Vaccination in Bombay 1913-1923 - 1913-1923
Year: 1913
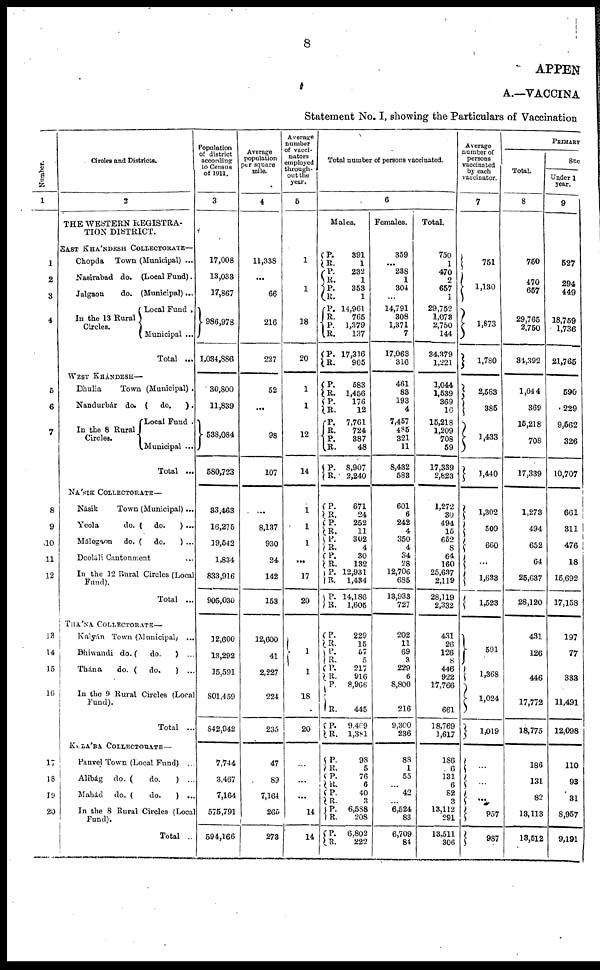
8
APPEN
A.—VACCINA
Statement No. I, showing the Particulars of Vaccination
Number.
1
1
2
3
4
5
6
7
8
9
10
11
12
13
14
15
16
17
18
19
20
Circles and Districts.
2
THE WESTERN REGISTRA-
TION DISTRICT.
EAST KHÁNDESH COLLECTORATE—
Chopda Town (Municipal) ...
Nasirabad do. (Local Fund).
Jalgaon
do. (Municipal)...
In the 13 Rural
Circles.
Local Fund .
Municipal ...
Total ...
WEST KHÁNDESH—
Dhulia
Town (Municipal) .
Nandurbár do. ( do.
).
In the 8 Rural
Circles.
Local Fund .
Municipal ...
Total ...
NÁSIK COLLECTORATE—
Násik
Town (Municipal) ...
Yeola
do. ( do.
) ...
Málegaon do. ( do.
) ...
Deoláli Cantonment ...
In the 12 Rural Circles (Local
Fund).
Total ...
THÁNA COLLECTORATE—
Kalyán Town (Municipal) ...
Bhiwandi do. (
do.
) ...
Thána
do. (do.
) ...
In the 9 Rural Circles (Local
Fund).
Total ...
KULÁBA COLLECTORATE—
Panvel Town (Local Fund) ...
Alibág do. (
do.
) ...
Mahád do. (
do.
) ...
In the 8 Rural Circles (Local
Fund).
Total ...
Population
of district
according
to Census
of 1911.
3
17,008
13,033
17,867
986,978
1,034,886
30,800
11,839
538,084
580,723
33,463
16,275
19,542
1,834
833,916
905,030
12,600
13,292
15,591
801,459
842,942
7,744
3,467
7,164
575,791
594,166
Average
population
per square
mile.
4
11,338
...
66
216
227
52
...
98
107
...
8,137
930
24
142
153
12,600
41
2,227
224
235
47
89
7,164
265
273
Average
number
of vacci-
nators
employed
through-
out the
year.
5
1
1
18
20
1
1
12
14
1
1
1
...
17
20
1
1
18
20
...
...
...
14
14
Total number of persons vaccinated.
6
Males.
P.
R.
P.
R. P.
R.
P.
R. P.
R.
P.
R.
P.
R.
P.
R. P.
R. P.
R.
P.
R.
391
1
232
1
353
1
14,961
765
1,379
137
17,316
905
583
1,456
176
12
7,761
724
387
48
8,907
2,240
P.
R.
P.
R. P.
R.
P.
R.
P.
R.
P.
R.
P.
R.
P.
R.
P.
R.
P.
R.
P.
R.
P.
R.
P.
R.
P.
R.
P.
R.
P.
R.
671
24
252
11
302
4
30
132
12,931
1,484
14,186
1,605
229
15
57
5
217
916
8,966
445
9,469
1,381
98
5
76
6
40
3
6,588
208
6,802
222
Females.
359
...
238
1
304
...
14,791
308
1,371
7
17,063
316
461
83
193
4
7,457
485
321
11
8,432
583
601
6
242
4
350
4
34
28
12,706
685
13,933
727
202
11
69
3
229
6
8,800
216
9,300
236
88
1
55
...
42
...
6,524
83
6,709
84
Total.
750
1
470
2
657
1
29,752
1,073
2,750
144
34,379
1,221
1,044
1,539
369
16
15,218
1,209
708
59
17,339
2,823
1,272
30
494
15
652
8
64
160
25,637
2,119
28,119
2,332
431
26
126
8
446
922
17,766
661
18,769
1,617
186
6
131
6
82
3
13,112
291
13,511
306
Average
number of
persons
vaccinated
by each
vaccinator.
7
751
1,130
1,873
1,780
2,583
385
1,433
1,440
1,302
509
660
...
1,633
1,523
591
1,368
1,024
1,019
...
...
...
957
987
PRIMARY
Total.
8
750
470
657
29,765
2,750
34,392
1,044
369
15,218
708
17,339
1,273
494
652
64
25,637
28,120
431
126
446
17,772
18,775
186
131
82
13,113
13,512
Suc
Under 1
year.
9
527
294
449
18,759
1,736
21,765
590
229
9,562
326
10,707
661
311
476
18
15,692
17,158
197
77
333
11,491
12,098
110
93
31
8,957
9,191